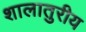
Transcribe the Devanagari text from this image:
शालातुरीय